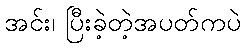
အင်း၊ ပြီးခဲ့တဲ့အပတ်ကပဲ